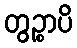
တွဉ္စာပိ